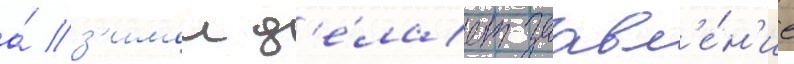
а́ з'имои д'е́лает заавл'е́н'ие